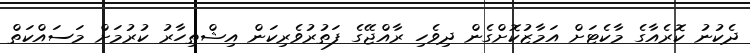
ދެކުނު ކޮރެއާގެ މާކެޓަށް އަމާޒުކޮށްގެން ދިވެހި ރާއްޖޭގެ ފަތުރުވެރިކަން އިޝްތިހާރު ކުރުމަށް މަސައްކަތް